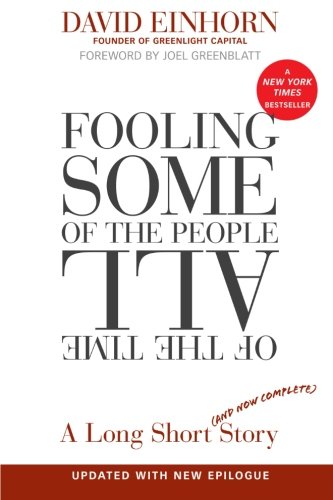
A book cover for Fooling Some of the People All of the Time, A Long Short (and Now Complete) Story, Updated with New Epilogue; David Einhorn; Business & Money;